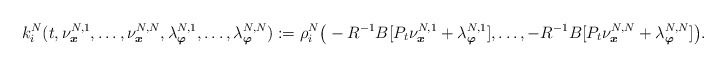
\begin{align*}k_i^N(t,\nu^{N,1}_{\boldsymbol{x}},\ldots,\nu^{N,N}_{\boldsymbol{x}},\lambda^{N,1}_{\boldsymbol{\varphi}},\ldots,\lambda^{N,N}_{\boldsymbol{\varphi}}):=\rho_i^N\big(-R^{-1}B[P_t\nu^{N,1}_{\boldsymbol{x}}+\lambda^{N,1}_{\boldsymbol{\varphi}}],\ldots,-R^{-1}B[P_t\nu^{N,N}_{\boldsymbol{x}}+\lambda^{N,N}_{\boldsymbol{\varphi}}]\big).\end{align*}